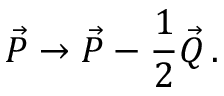
\vec { \cal P } \rightarrow \vec { \cal P } - \frac { 1 } { 2 } \vec { \cal Q } \, .